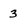
Character: 3